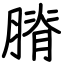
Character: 膌